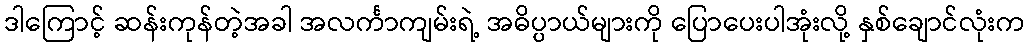
ဒါကြောင့် ဆန်းကုန်တဲ့အခါ အလင်္ကာကျမ်းရဲ့ အဓိပ္ပာယ်များကို ပြောပေးပါအုံးလို့ နှစ်ချောင်လုံးက